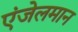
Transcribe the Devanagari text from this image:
एंजेलमान